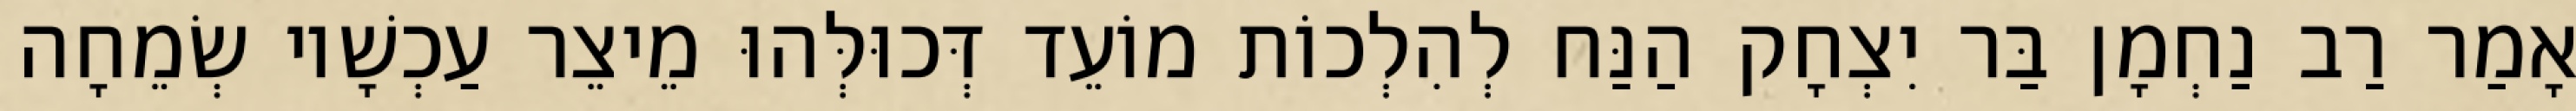
אָמַר רַב נַחְמָן בַּר יִצְחָק הַנַּח לְהִלְכוֹת מוֹעֵד דְּכוּלְּהוּ מֵיצֵר עַכְשָׁיו שְׂמֵחָה